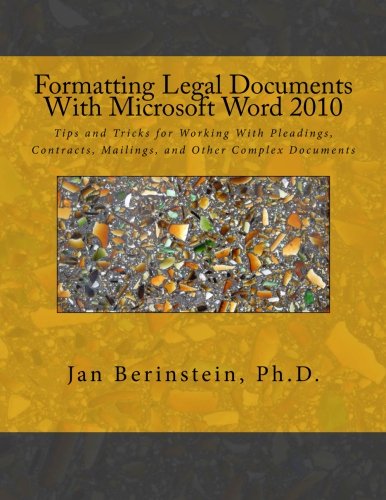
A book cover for Formatting Legal Documents With Microsoft Word 2010: Tips and Tricks for Working With Pleadings, Contracts, Mailings, and Other Complex Documents; Jan Berinstein Ph.D.; Computers & Technology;